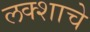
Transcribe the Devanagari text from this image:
लक्शाचे